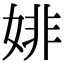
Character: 婔